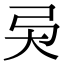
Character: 𢎴